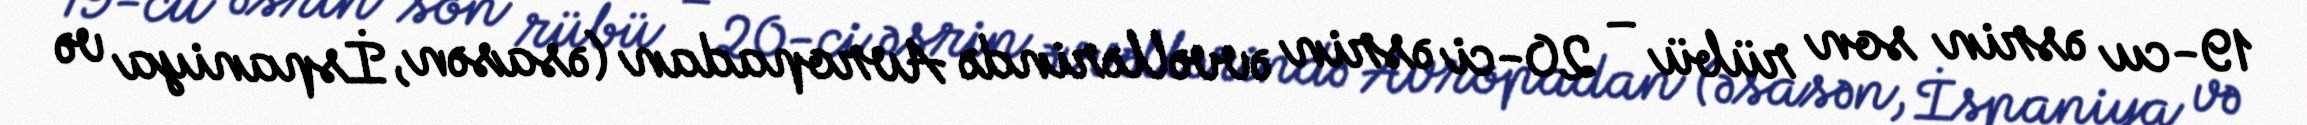
19-cu əsrin son rübü – 20-ci əsrin əvvəllərində Avropadan (əsasən, İspaniya və